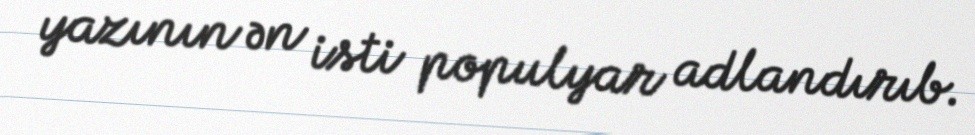
yazının ən isti populyar adlandırıb.